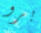
برو